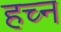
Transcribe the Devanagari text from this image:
हच्न